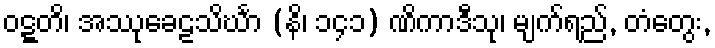
ဝဋ္ဋတိ၊ အဿုခေဠသိင်္ဃာ (နိ၊ ၁၄၁) ဏိကာဒီသု၊ မျက်ရည်, တံတွေး,